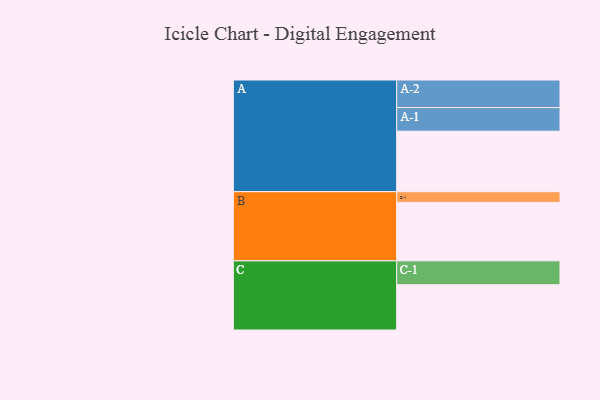
{"axis": {"x": "Segment", "y": "Value"}, "legend": ["", "A", "B", "C"], "data": [{"x": "A", "y": 509, "type": ""}, {"x": "B", "y": 492, "type": ""}, {"x": "C", "y": 381, "type": ""}, {"x": "A-1", "y": 199, "type": "A"}, {"x": "A-2", "y": 232, "type": "A"}, {"x": "B-1", "y": 90, "type": "B"}, {"x": "C-1", "y": 201, "type": "C"}]}